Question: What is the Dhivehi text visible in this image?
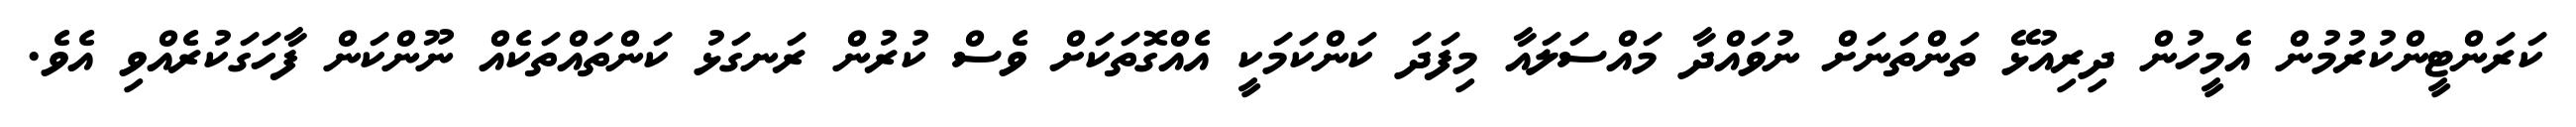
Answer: ކަރަންޓީންކުރުމުން އެމީހުން ދިރިއުޅޭ ތަންތަނަށް ނުވައްދާ މައްސަލައާ މިފަދަ ކަންކަމަކީ އެއްގޮތަކަށް ވެސް ކުރުން ރަނގަޅު ކަންތައްތަކެއް ނޫންކަން ފާހަގަކުރެއްވި އެވެ.